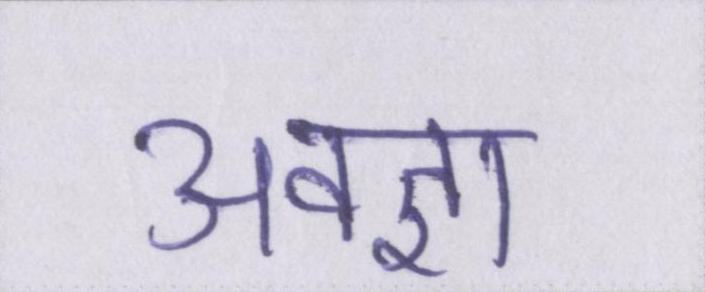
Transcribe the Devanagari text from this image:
अवज्ञा